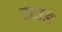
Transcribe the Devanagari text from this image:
स्टाड